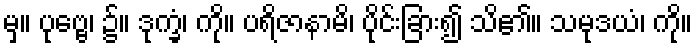
မှ။ ပုဗ္ဗေ၊ ၌။ ဒုက္ခံ၊ ကို။ ပရိဇာနာမိ၊ ပိုင်းခြား၍ သိ၏။ သမုဒယံ၊ ကို။